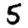
Digit: 5